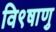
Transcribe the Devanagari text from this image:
वि९षाणु